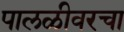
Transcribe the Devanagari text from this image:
पालळीवरचा